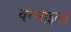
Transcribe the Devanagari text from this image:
वरसाइल्स